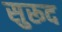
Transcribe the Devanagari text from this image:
सुरूद